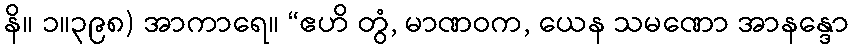
နိ။ ၁။၃၉၈) အာကာရေ။ “ဧဟိ တွံ, မာဏဝက, ယေန သမဏော အာနန္ဒော